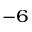
^ { - 6 }